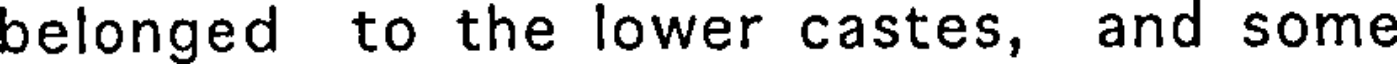
belonged to the lower castes, and some